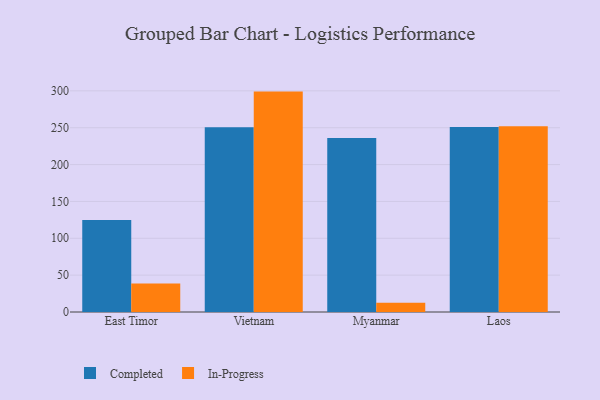
{"axis": {"x": "Country", "y": "Headcount"}, "legend": ["Completed", "In-Progress"], "data": [{"x": "East Timor", "y": 124.9, "type": "Completed"}, {"x": "East Timor", "y": 38.6, "type": "In-Progress"}, {"x": "Vietnam", "y": 250.8, "type": "Completed"}, {"x": "Vietnam", "y": 299.0, "type": "In-Progress"}, {"x": "Myanmar", "y": 236.2, "type": "Completed"}, {"x": "Myanmar", "y": 12.6, "type": "In-Progress"}, {"x": "Laos", "y": 251.1, "type": "Completed"}, {"x": "Laos", "y": 251.9, "type": "In-Progress"}]}